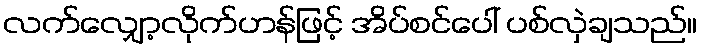
လက်လျှော့လိုက်ဟန်ဖြင့် အိပ်စင်ပေါ် ပစ်လှဲချသည်။